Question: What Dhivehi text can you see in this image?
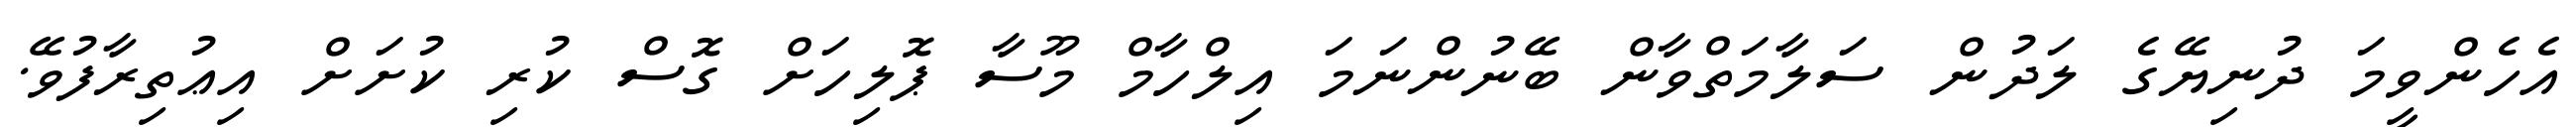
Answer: އެހެންވީމަ ދުނިޔޭގެ ލަދުން ސަލާމަތްވާން ބޭނުންނަމަ އިލްހާމް މޫސާ ޕޮލިހަށް ގޮސް ކުރި ކުށަށް އިޢުތިރާފުވޭ.